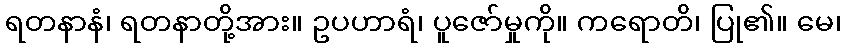
ရတနာနံ၊ ရတနာတို့အား။ ဥပဟာရံ၊ ပူဇော်မှုကို။ ကရောတိ၊ ပြု၏။ မေ၊